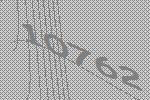
10762